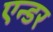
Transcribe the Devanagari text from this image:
एन्डर